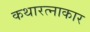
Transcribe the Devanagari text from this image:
कथारत्नाकार